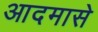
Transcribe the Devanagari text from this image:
आदमासे